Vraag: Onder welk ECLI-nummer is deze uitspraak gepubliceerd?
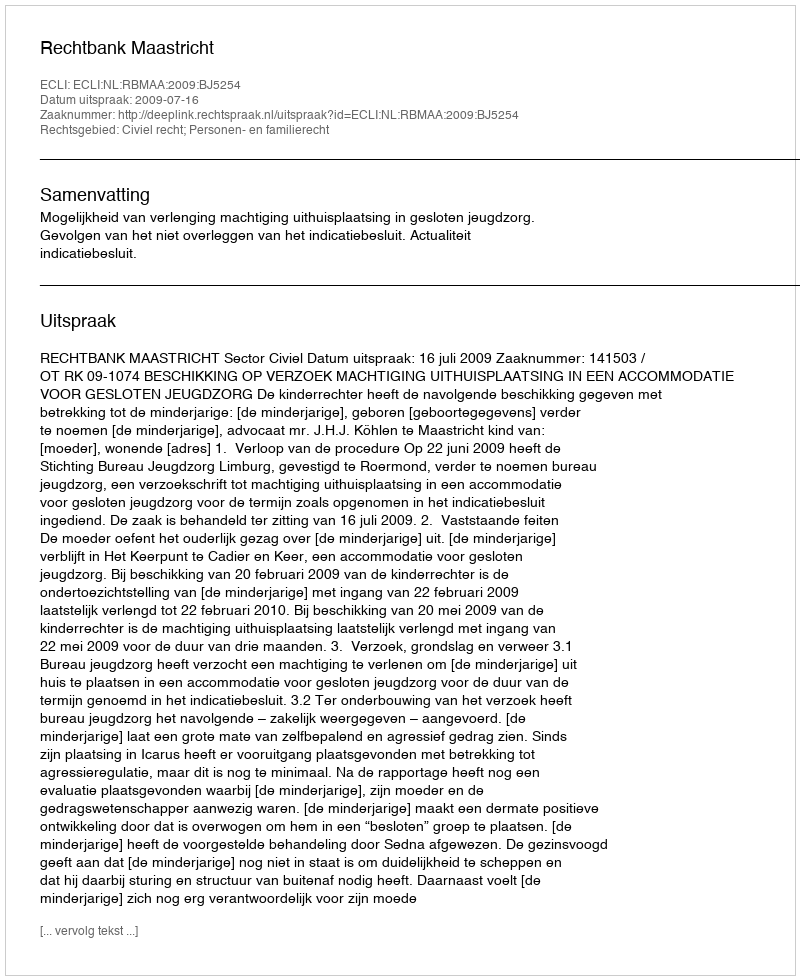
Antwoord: ECLI:NL:RBMAA:2009:BJ5254